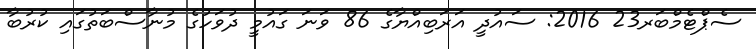
ސެޕްޓެމްބަރ23 2016: ސައުދީ އަރަބިއްޔާގެ 86 ވަނަ ގައުމީ ދުވަހުގެ މުނާސްބަތުގައި ކުރުބާ